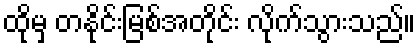
ထိုမှ တနိုင်းမြစ်အတိုင်း လိုက်သွားသည်။